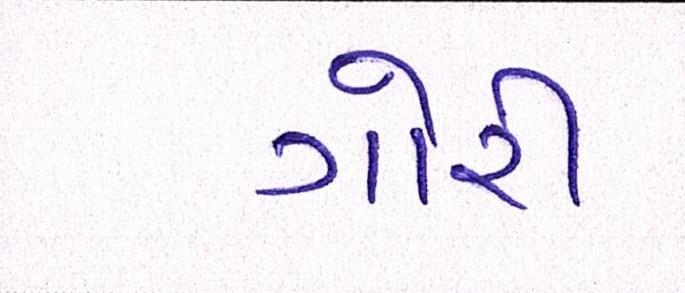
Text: ગોરી